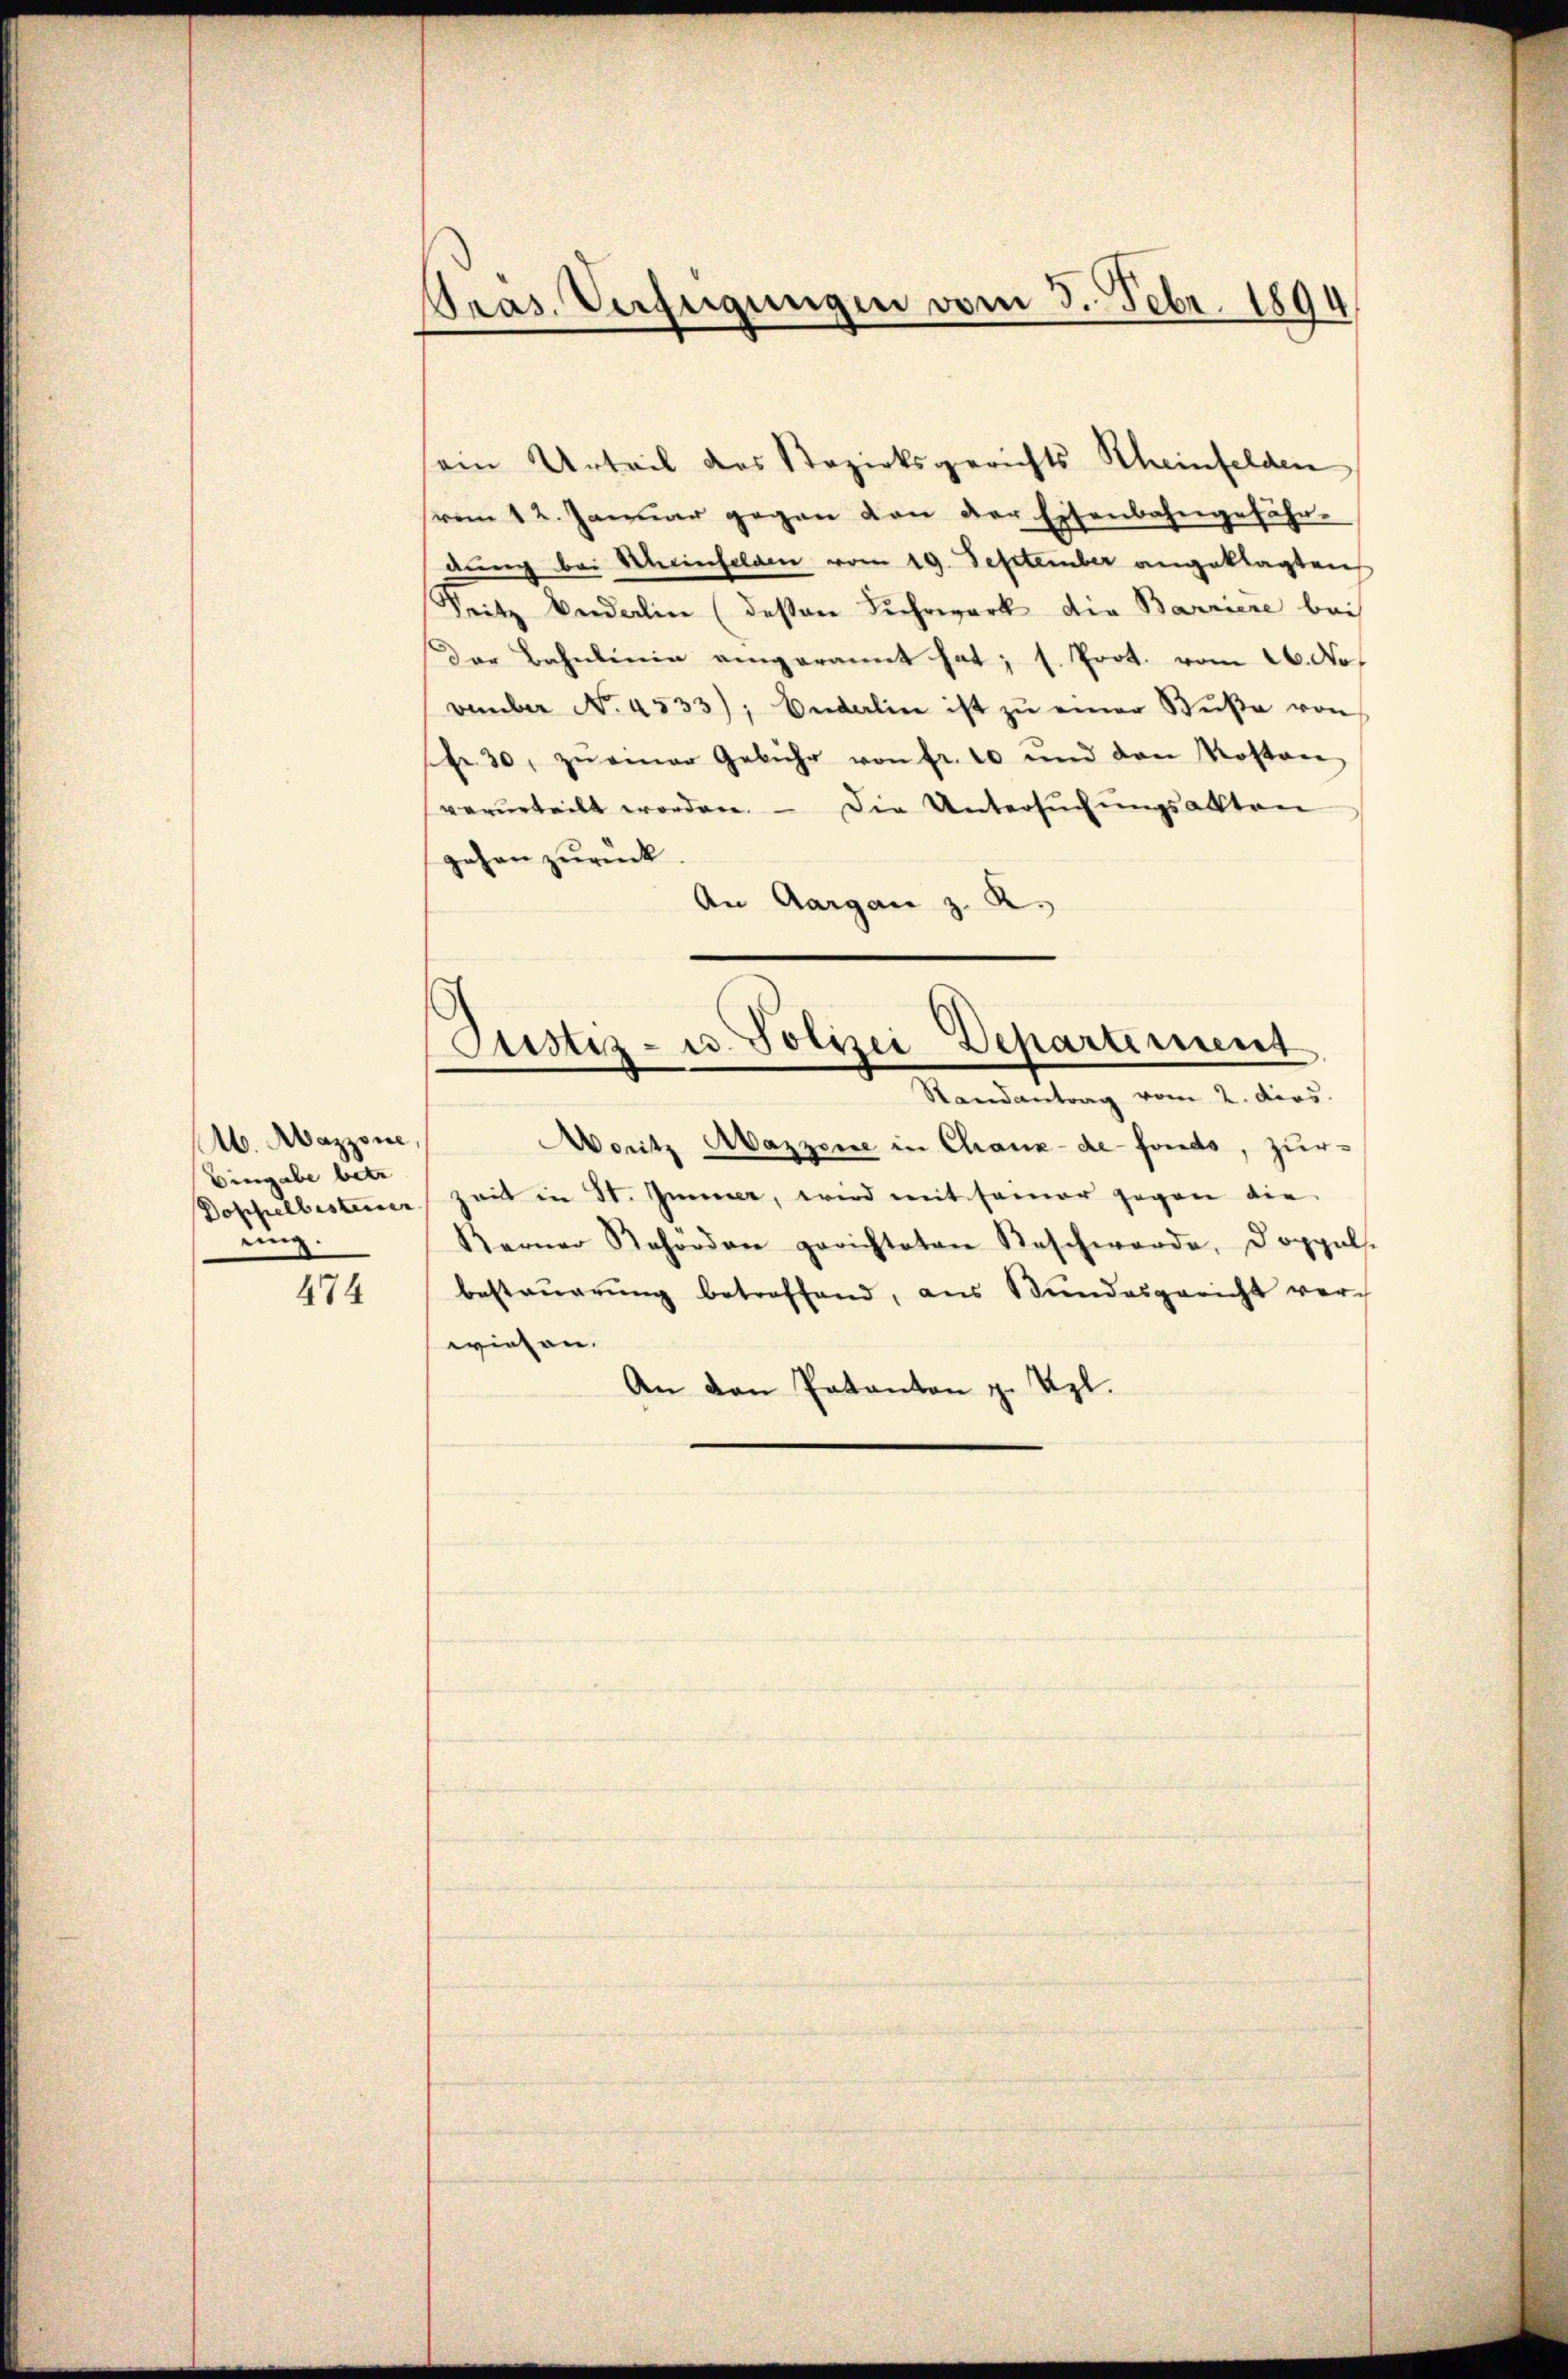
Ab. Aazzone,
Eiergabe betr
Doppelbesteiner
ing.

474

Pras. Verfügungen vom 3. Febr. 1894

sein Urteil das Bezirksgerichts Rheinfelden
(vom 12. Januar gegen von der Eisenbahngefähr-
dung bei Scheinfelden vom 19. September angeklagten
Seitz Andelin (deßen Fuhrwerk die Barriere bei
Der Bahnlinie eingerannt hat; s. Prot. vom 26. No
vember No. 4533); Enderlin ist zŭ einer Bŭβe von
ff. 30. zŭ einer Gebühr von fr. 10 und den Kosten
verurteilt worden. - Die Untersŭchŭngsakten
gehen zurück
An Aargau z. R.

Justiz- u. Polizei Departement
Randantrag vom 2. ders.

Moritz Mazzene in Chaux-de-Fonds, zur
zeit in St. Immer, wird mit seiner gegen die
Kerner Rehörden gerichteten Beschwerde, doppel.
besteuerung betreffend, aus Bŭndesgericht vor-
wiesen.
An den Pakanton z. Uzl.